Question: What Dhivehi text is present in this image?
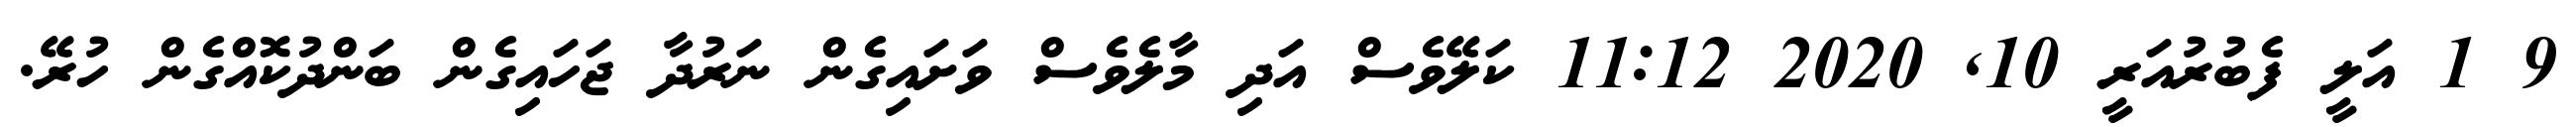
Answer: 9 1 އަލީ ފެބުރުއަރީ 10, 2020 11:12 ކަލޭވެސް އަދި މާލެވެސް ވަށައިގެން ނަރުދާ ޖަހައިގެން ބަންދުކޮއްގެން ހުރޭ.